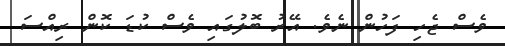
ވެސް ޖެހި ފަހުން ނެވެ. އޭރު ބޮލުގައި ވެސް ކުޑަ ކޮން ރިއްސަ